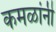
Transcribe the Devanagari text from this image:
कमळांनी